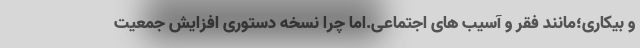
و بیکاری؛مانند فقر و آسیب های اجتماعی.اما چرا نسخه دستوری افزایش جمعیت